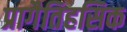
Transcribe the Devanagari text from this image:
प्रागैतिहसिक